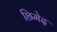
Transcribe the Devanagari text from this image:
छिमेद